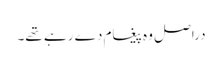
دراصل وہ پیغام دے رہے تھے۔